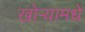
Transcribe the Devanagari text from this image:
खोऱ्यामधे